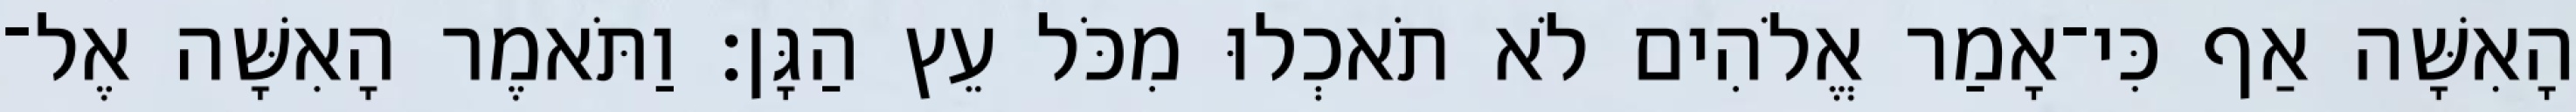
הָאִשָּׁה אַף כִּי־אָמַר אֱלֹהִים לֹא תֹאכְלוּ מִכֹּל עֵץ הַגָּן׃ וַתֹּאמֶר הָאִשָּׁה אֶל־